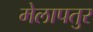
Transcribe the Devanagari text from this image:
मेलापतुर